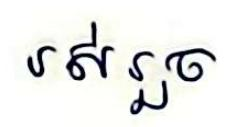
រស់រួច